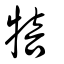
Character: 犃